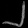
Digit: ၂